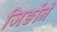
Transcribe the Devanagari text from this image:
जिङोंने